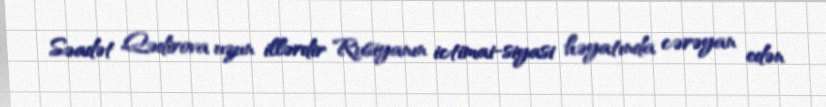
Səadət Qədirova uzun illərdir Rusiyanın ictimai-siyasi həyatında cərəyan edən